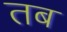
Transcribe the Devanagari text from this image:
तब